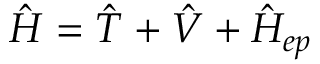
\hat { H } = \hat { T } + \hat { V } + \hat { H } _ { e p }